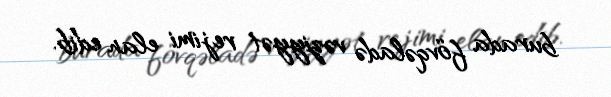
burada fövqəladə vəziyyət rejimi elan edib.